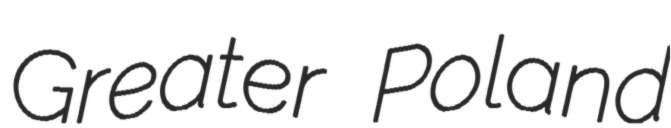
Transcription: Greater Poland